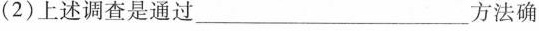
(2)上述调查是通过___方法确。